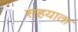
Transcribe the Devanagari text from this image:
सहयाता